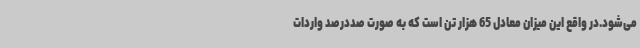
می‌شود.در واقع این میزان معادل 65 هزار تن است که به صورت صددرصد واردات